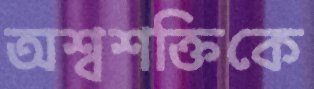
অশ্বশক্তিকে